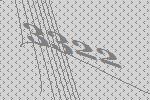
3322